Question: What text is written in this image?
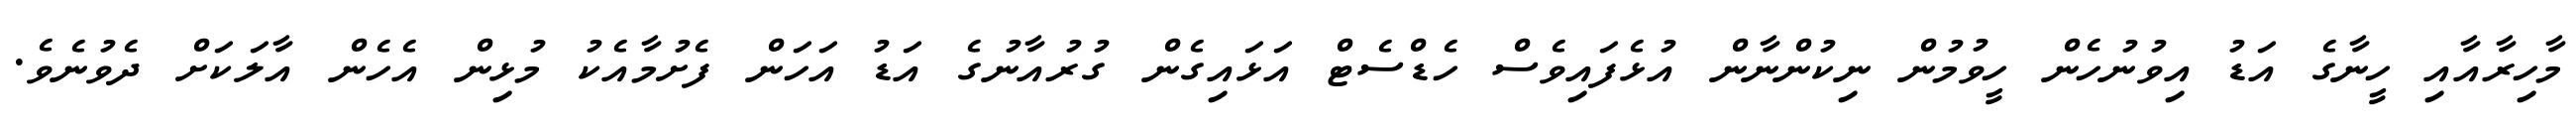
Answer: މާހިރާއާއި ހީނާގެ އަޑު އިވުނުހެން ހީވުމުން ނިކުންނާން އުޅެފައިވެސް ހެޑްސެޓް އަޅައިގެން ގުރުއާނުގެ އަޑު އަހަން ފެށުމާއެކު މުޅިން އެހެން އާލަކަށް ދެވުނެވެ.